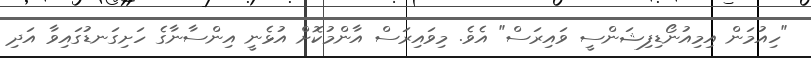
"ހިއުމަން އިމިއުނޯޑިފިޝަންސީ ވައިރަސް" އެވެ. މިވައިރަސް އާންމުކޮށް އުޅެނީ އިންސާނާގެ ހަށިގަނޑުގައިވާ އަދި